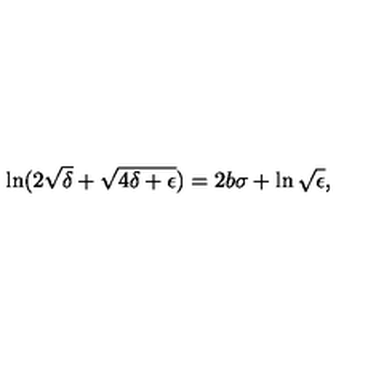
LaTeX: \ln ( 2 \sqrt { \delta } + \sqrt { 4 \delta + \epsilon } ) = 2 b \sigma + \ln \sqrt { \epsilon } ,